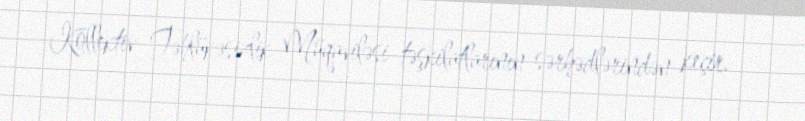
Kollektiv Təhlükəsizlik Müqaviləsi təşkilatlarının sərhədlərindən keçir.